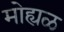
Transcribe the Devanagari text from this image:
मोह्यळ